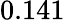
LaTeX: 0.141